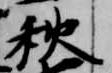
秋